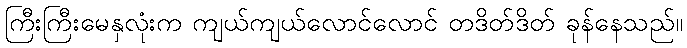
ကြီးကြီးမေနှလုံးက ကျယ်ကျယ်လောင်လောင် တဒိတ်ဒိတ် ခုန်နေသည်။